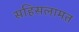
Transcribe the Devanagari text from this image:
सहिसलामत